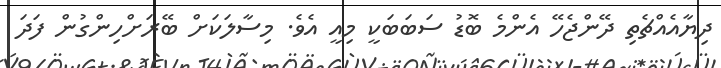
ދިޔާއެއްޗެތި ދޭންޖެހޭ އެންމެ ބޮޑު ސަބަބަކީ މިއީ އެވެ. މިސާލަކަށް ބޭރަށްހިންގުން ފަދަ